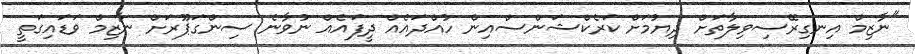
"ނާޒިމް އިނގިރޭސިވިލާތަށް ދިޔުމަށް ކަރެކްޝަންސްއިން ހުއްދައެއް ދީފައެއް ނުވާނެ ސިންގަޕޫރަށް ނާޒިމް ވަޑައިގަތީ